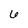
Character: 6